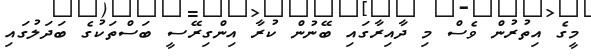
މީގެ އިތުރުން ވެސް މި ދާއިރާގައި ބޭނުން ކުރާ އިންގިރޭސީ ބަސްތަކުގެ ބަދަލުގައި